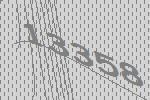
13358